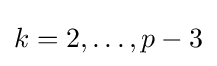
k=2,\dots ,p-3